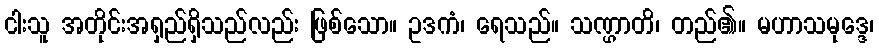
ငါးသူ အတိုင်းအရှည်ရှိသည်လည်း ဖြစ်သော။ ဥဒကံ၊ ရေသည်။ သဏ္ဌာတိ၊ တည်၏။ မဟာသမုဒ္ဒေ၊